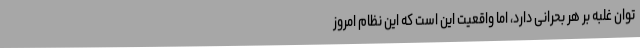
توان غلبه بر هر بحرانی دارد، اما واقعیت این است که این نظام امروز